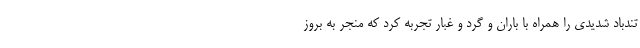
تندباد شدیدی را همراه با باران و گرد و غبار تجربه کرد که منجر به بروز